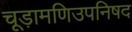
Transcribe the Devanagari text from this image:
चूड़ामणिउपनिषद